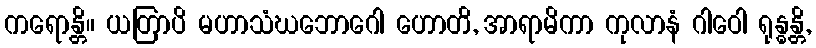
ကရောန္တိ။ ယတြာပိ မဟာသံဃဘောဂေါ ဟောတိ, အာရာမိကာ ကုလာနံ ဂါဝေါ ရုန္ဓန္တိ,